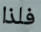
فلذا